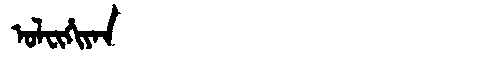
Manchu: ᠣᠯᠸᡳᡥᡳᠶᠠᠨ
Romanization: OLFIHIYAN